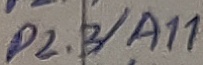
Text: P2.3/A11